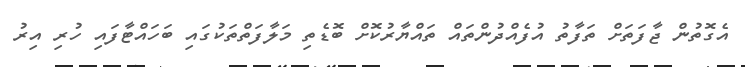
އެގޮތުން ޖާފަތަށް ތަފާތު އުފެއްދުންތައް ތައްޔާރުކޮށް ބޮޑެތި މަލާފަތްތަކުގައި ބަހައްޓާފައި ހުރި އިރު